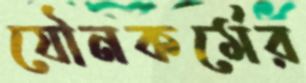
যৌনকর্মের